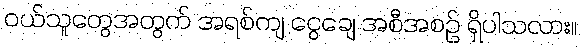
ဝယ်သူတွေအတွက် အရစ်ကျ ငွေချေ အစီအစဉ် ရှိပါသလား။